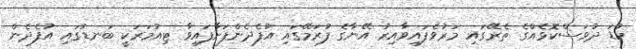
ކުޑަ ދުވަސްކޮޅެއްގެ ތެރޭގައި މަރުވެފައިވާއިރު އޭނާގެ ފުރަމޭގައި އުފެދެންފަށާފައިވާ ޓިއުމަރަކީ ބަނޑުގައި އުފެދެން